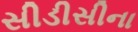
સીડીસીના